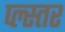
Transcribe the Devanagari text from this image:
प्ल्स्तर